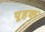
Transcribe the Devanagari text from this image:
पूहक